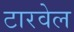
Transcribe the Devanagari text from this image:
टारवेल